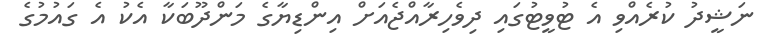
ނަޝީދު ކުރެއްވި އެ ޓުވީޓުގައި ދިވެހިރާއްޖެއަށް އިންޑިޔާގެ މަންދޫބަކާ އެކު އެ ގައުމުގެ